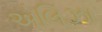
એલિઝા